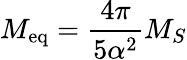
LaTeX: M_{\mathrm{eq}}=\frac{4\pi}{5\alpha^{2}}M_{S}